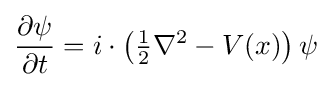
{\frac {\partial \psi }{\partial t}}=i\cdot \left({\tfrac {1}{2}}\nabla ^{2}-V(x)\right)\psi